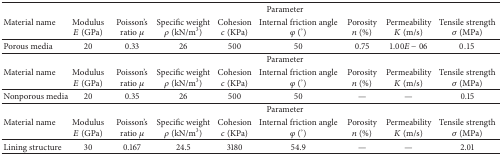
<table><thead><tr><td rowspan="2"><b>Material name</b></td><td colspan="8"><b>Parameter</b></td></tr><tr><td><b>Modulus<i>E</i> (GPa)</b></td><td><b>Poisson&#x27;s ratio <i>μ</i></b></td><td><b>Specific weight <i>ρ</i> (kN/m<sup>3</sup>)</b></td><td><b>Cohesion<i>c</i> (KPa)</b></td><td><b>Internal friction angle <i>φ</i> (°)</b></td><td><b>Porosity<i>n</i> (%)</b></td><td><b>Permeability<i>K</i> (m/s)</b></td><td><b>Tensile strength<i>σ</i> (MPa)</b></td></tr></thead><tbody><tr><td>Porous media</td><td>20</td><td>0.33</td><td>26</td><td>500</td><td>50</td><td>0.75</td><td>1.00<i>E</i> − 06</td><td>0.15</td></tr><tr><td rowspan="2">Material name</td><td colspan="8">Parameter</td></tr><tr><td>Modulus<i>E</i> (GPa)</td><td>Poisson&#x27;s ratio <i>μ</i></td><td>Specific weight <i>ρ</i> (kN/m<sup>3</sup>)</td><td>Cohesion<i>c</i> (KPa)</td><td>Internal friction angle <i>φ</i> (°)</td><td>Porosity<i>n</i> (%)</td><td>Permeability<i>K</i> (m/s)</td><td>Tensile strength<i>σ</i> (MPa)</td></tr><tr><td>Nonporous media</td><td>20</td><td>0.35</td><td>26</td><td>500</td><td>50</td><td>—</td><td>—</td><td>0.15</td></tr><tr><td rowspan="2">Material name</td><td colspan="8">Parameter</td></tr><tr><td>Modulus<i>E</i> (GPa)</td><td>Poisson&#x27;s ratio <i>μ</i></td><td>Specific weight <i>ρ</i> (kN/m<sup>3</sup>)</td><td>Cohesion<i>c</i> (KPa)</td><td>Internal friction angle <i>φ</i> (°)</td><td>Porosity<i>n</i> (%)</td><td>Permeability<i>K</i> (m/s)</td><td>Tensile strength<i>σ</i> (MPa)</td></tr><tr><td>Lining structure</td><td>30</td><td>0.167</td><td>24.5</td><td>3180</td><td>54.9</td><td>—</td><td>—</td><td>2.01</td></tr></tbody></table>